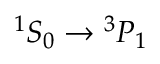
{ } ^ { 1 } S _ { 0 } \rightarrow { } ^ { 3 } P _ { 1 }